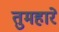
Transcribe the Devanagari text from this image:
तुमहारे